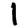
Digit: 1